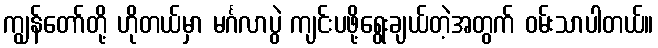
ကျွန်တော်တို့ ဟိုတယ်မှာ မင်္ဂလာပွဲ ကျင်းပဖို့ရွေးချယ်တဲ့အတွက် ဝမ်းသာပါတယ်။